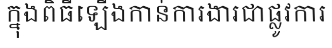
ក្នុងពិធីឡើងកាន់ការងារជាផ្លូវការ